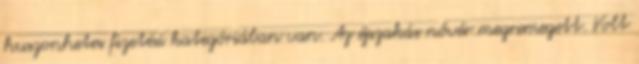
huszonhetes fizetési kategóriában van. Az éjszakás nővér megremegett. Volt